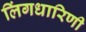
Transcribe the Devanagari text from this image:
लिंगधारिणी